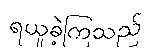
ရယူခဲ့ကြသည်